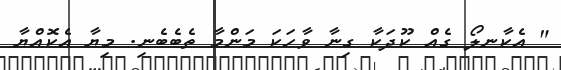
" އެކާނލޯ ގެއް ކޫދަކާ ގިނާ ވާހަކަ މަންމާ ތެބެބެނި. މިޔާ އެކޮއްޔާ